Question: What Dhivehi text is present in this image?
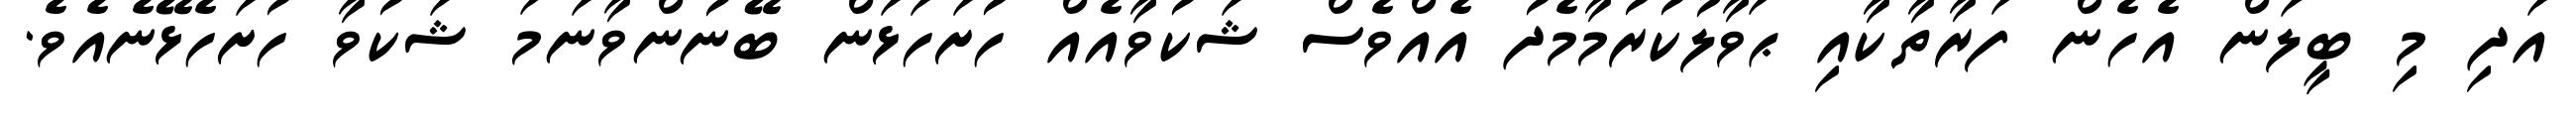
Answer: އަދި މި ބީލަން އެހެން ފަރާތާކާއި ޙަވާލުކުރުމާމެދު އެއްވެސް ޝަކުވާއެއް ހުށަހަޅަން ބޭނުންވާނަމަ ޝަކުވާ ހުށަހެޅޭނެއެވެ.